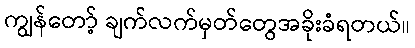
ကျွန်တော့် ချက်လက်မှတ်တွေအခိုးခံရတယ်။